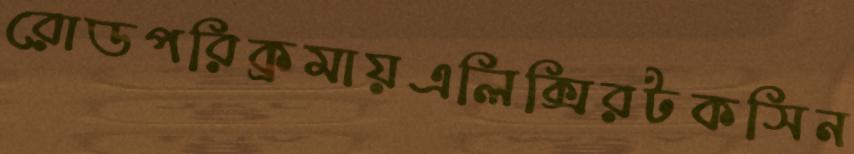
রোডপরিক্রমায়এলিক্সিরটকসিন